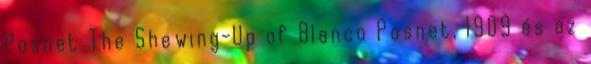
Posnet The Shewing-Up of Blanco Posnet, 1909 és az